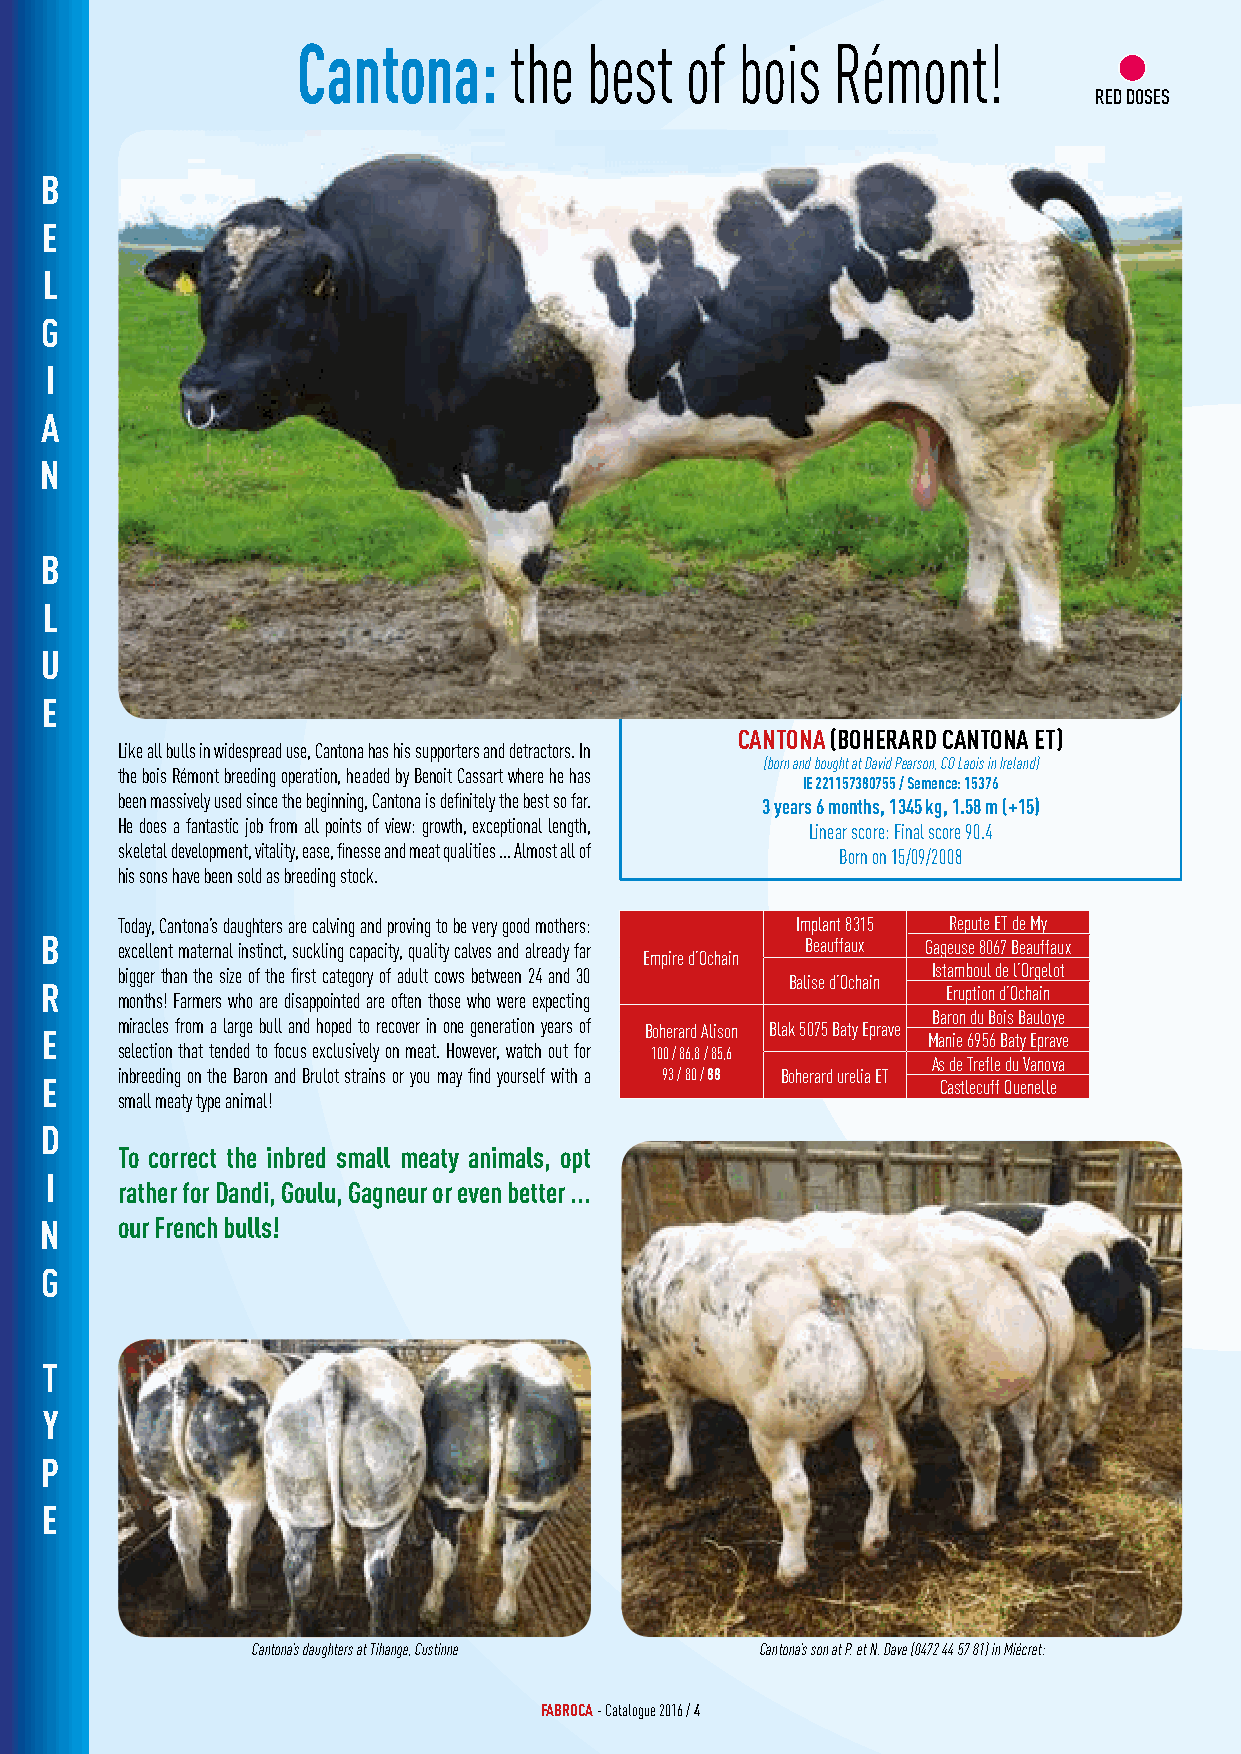
Cantona:      the  best  of  bois  Rémont!
 RED DOSES
 B
 E
 L
 G
 I
 A
 N
 B
 L
 U
 E
 CANTONA (BOHERARD CANTONA ET)
 Like all bulls in widespread use, Cantona has his supporters and detractors. In
 (born and bought at David Pearson, CO Laois in Ireland)
 the bois Rémont breeding operation, headed by Benoit Cassart where he has
 IE 221157380755 / Semence: 15376
 been massively used since the beginning, Cantona is definitely the best so far. 3 years 6 months, 1345 kg, 1.58 m (+15)
 He does a fantastic job from all points of view: growth, exceptional length,
 Linear score: Final score 90.4
 skeletal development, vitality, ease, finesse and meat qualities ... Almost all of
 Born on 15/09/2008
 his sons have been sold as breeding stock.
 Today, Cantona’s daughters are calving and proving to be very good mothers: Implant 8315 Repute ET de My
 B    excellent maternal instinct, suckling capacity, quality calves and already far Beauffaux Gageuse 8067 Beauffaux
 Empire d’Ochain
 bigger than the size of the first category of adult cows between 24 and 30 Istamboul de l’Orgelot
 Balise d’Ochain
 R                                                           Eruption d’Ochain
 months! Farmers who are disappointed are often those who were expecting
 Baron du Bois Bauloye
 E    miracles from a large bull and hoped to recover in one generation years of Boherard Alison Blak 5075 Baty Eprave Manie 6956 Baty Eprave
 selection that tended to focus exclusively on meat. However, watch out for 100 / 86,8 / 85,6
 As de Trefle du Vanova
 inbreeding on the Baron and Brulot strains or you may find yourself with a 93 / 80 / 88 Boherard urelia ET
 E                                                          Castlecuff Quenelle
 small meaty type animal!
 D
 To correct the inbred small meaty animals, opt
 I
 rather for Dandi, Goulu, Gagneur or even better ...
 N    our French bulls!
 G
 T
 Y
 P
 E
 Cantona’s daughters at Tihange, Custinne Cantona’s son at P. et N. Dave (0472 44 57 81) in Miécret:
 FABROCA - Catalogue 2016 / 4